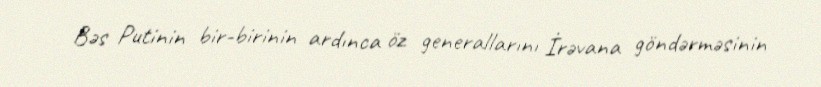
Bəs Putinin bir-birinin ardınca öz generallarını İrəvana göndərməsinin